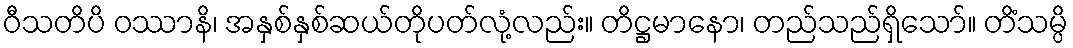
ဝီသတိပိ ဝဿာနိ၊ အနှစ်နှစ်ဆယ်တိုပတ်လုံ့လည်း။ တိဋ္ဌမာနော၊ တည်သည်ရှိသော်။ တိံသမ္ပိ